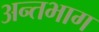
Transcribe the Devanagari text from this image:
अन्तभाग